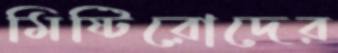
মিষ্টিরোদের